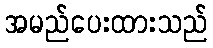
အမည်ပေးထားသည်